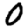
Digit: 0